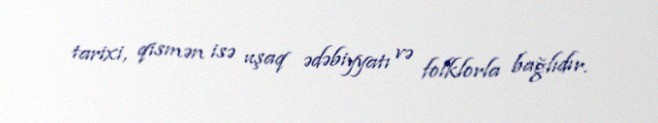
tarixi, qismən isə uşaq ədəbiyyatı və folklorla bağlıdır.